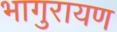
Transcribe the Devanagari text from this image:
भागुरायण